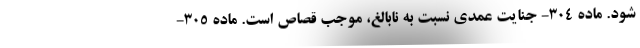
شود. ماده ۳۰۴- جنایت عمدی نسبت به نابالغ، موجب قصاص است. ماده ۳۰۵-